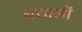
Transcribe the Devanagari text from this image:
घत्ताओं